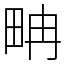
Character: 畘